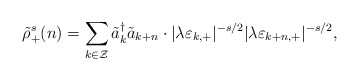
\begin{align*}\tilde{\rho}_{+}^s(n) = \sum_{k \in \cal Z} \tilde{a}_{k}^{\dagger} \tilde{a}_{k+n} \cdot|\lambda \varepsilon_{k,+}|^{-s/2} |\lambda \varepsilon_{k+n,+}|^{-s/2},\end{align*}